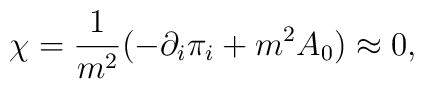
\chi = \frac{1}{m^2}(-\partial_i\pi_i + m^2A_0) \approx 0,